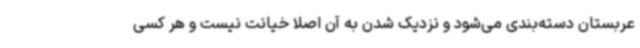
عربستان دسته‌بندی می‌شود و نزدیک شدن به آن اصلا خیانت نیست و هر کسی